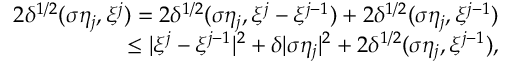
\begin{array} { r } { 2 \delta ^ { 1 / 2 } ( \sigma \eta _ { j } , \xi ^ { j } ) = 2 \delta ^ { 1 / 2 } ( \sigma \eta _ { j } , \xi ^ { j } - \xi ^ { j - 1 } ) + 2 \delta ^ { 1 / 2 } ( \sigma \eta _ { j } , \xi ^ { j - 1 } ) } \\ { \leq | \xi ^ { j } - \xi ^ { j - 1 } | ^ { 2 } + \delta | \sigma \eta _ { j } | ^ { 2 } + 2 \delta ^ { 1 / 2 } ( \sigma \eta _ { j } , \xi ^ { j - 1 } ) , } \end{array}